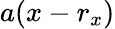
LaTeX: a(x-r_{x})